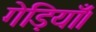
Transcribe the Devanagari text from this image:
गेड़ियाँ।